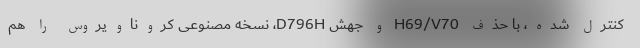
کنترل شده، با حذف H69/V70 و جهش D796H، نسخه مصنوعی کروناویروس را هم